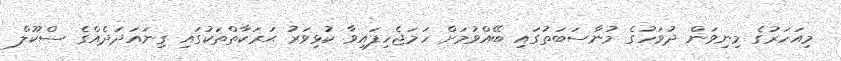
މިއަހަރުގެ މިނިވަން ދުވަހުގެ މުނާސަބަތުގައި ބޭއްވުމަށް ހަމަޖެހިފައިވާ ކުޅިވަރު ޙަރަކާތްތަކުގައި ގިނައަދަދެއްގެ ސްކޫލް